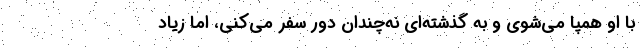
با او همپا می‌شوی و به گذشته‌ای نه‌چندان دور سفر می‌کنی، اما زیاد